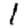
Digit: 1